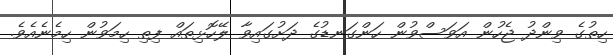
ހިތުގެ ވިންދު ޖެހުން އަވަސްވުން ހަންގަނޑުގެ ދަށުގައިވާ ލޭހޮޅިތައް ފިތި ހިމަވުން ހިމެނެއެވެ.